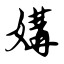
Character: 媾